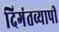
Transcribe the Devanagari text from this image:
दिगंतव्यापी